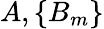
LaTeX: A,\left\{ B_{m}\right\}